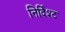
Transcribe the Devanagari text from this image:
निर्दिश्ट